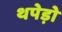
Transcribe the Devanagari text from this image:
थपेड़ो